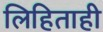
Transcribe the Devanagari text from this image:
लिहिताही